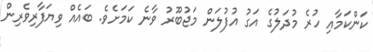
ކަންކަމާއި ހުރެ މުދަލުގެ އަގު އުފުލަން މަޖުބޫރު ވާނެ ކަމަށެވެ. ބައެއް ވިޔަފާރިވެރިން